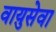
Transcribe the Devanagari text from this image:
वाय़ुसेवा